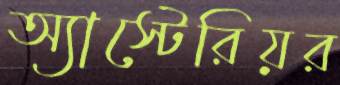
অ্যাস্টেরিয়র